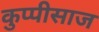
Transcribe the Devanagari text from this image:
कुप्पीसाज